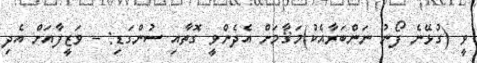
ވީ (ގުޅޭނެ ފޯނު ނަންބަރާއެކު)މަޤާމަށް އެދެންވީ ގޮތާއި ސުންގަޑި: - ވަޒީފާއަށް އެދި